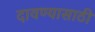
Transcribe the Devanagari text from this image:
दावण्यासाठी